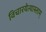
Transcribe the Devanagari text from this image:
विचारयेत्यास्ताम्